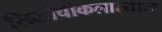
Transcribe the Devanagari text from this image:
सिद्धीचीकलात्यास